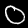
Label: 0